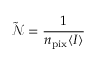
\tilde { \mathcal { N } } = \frac { 1 } { n _ { \mathrm { p i x } } \langle I \rangle }